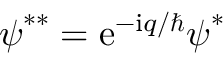
\boldsymbol { \psi } ^ { * * } = \mathrm { e } ^ { - \mathrm { i } q / \hbar } \boldsymbol { \psi } ^ { * }